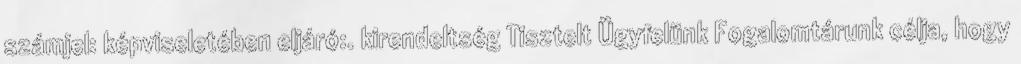
számjel: képviseletében eljáró:. kirendeltség Tisztelt Ügyfelünk Fogalomtárunk célja, hogy